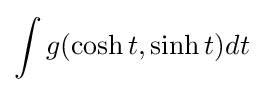
\int g(\cosh t,\sinh t)dt